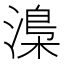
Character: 𣻏